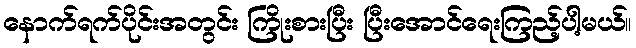
နောက်ရက်ပိုင်းအတွင်း ကြိုးစားပြီး ပြီးအောင်ရေးကြည့်ပါ့မယ်။